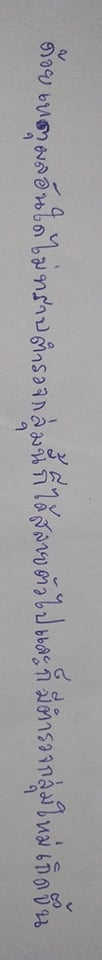
ด้วยเหตุผลอันใดไม่ทราบตำรวจกลุ่มนี้ก็ได้สลายตัวไปและก็มีตำรวจกลุ่มใหม่เกิดขึ้น